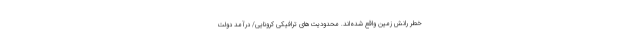
خطر رانش زمین واقع شده‌اند. محدودیت‌های ترافیکی کرونایی/ درآمد دولت